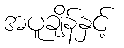
အပူချိန်နှင့်